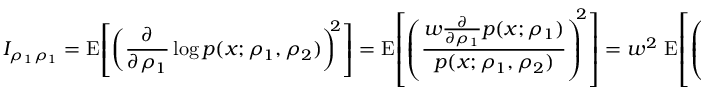
I _ { \rho _ { 1 } \rho _ { 1 } } = \operatorname { E } \! \left[ \left( \frac { \partial } { \partial { \rho _ { 1 } } } \log p ( x ; \rho _ { 1 } , \rho _ { 2 } ) \right) ^ { \! \! 2 } \right] = \operatorname { E } \! \left[ \left( \frac { w \frac { \partial } { \partial \rho _ { 1 } } p ( x ; \rho _ { 1 } ) } { p ( x ; \rho _ { 1 } , \rho _ { 2 } ) } \right) ^ { \! \! 2 } \right] = w ^ { 2 } \, \operatorname { E } \! \left[ \left( \frac { \frac { \partial } { \partial \rho _ { 1 } } p ( x ; \rho _ { 1 } ) } { p ( x ; \rho _ { 1 } , \rho _ { 2 } ) } \right) ^ { \! \! 2 } \right] .